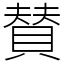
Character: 賛